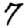
Digit: 7